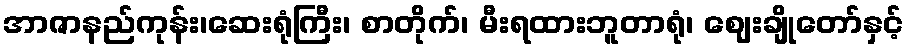
အာဇာနည်ကုန်း၊ဆေးရုံကြီး၊ စာတိုက်၊ မီးရထားဘူတာရုံ၊ ဈေးချိုတော်နှင့်